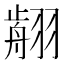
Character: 𦑳